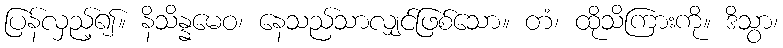
ပြန်လှည့်၍။ နိသိန္နမေဝ၊ နေသည်သာလျှင်ဖြစ်သော။ တံ၊ ထိုသိကြားကို။ ဒိသွာ၊